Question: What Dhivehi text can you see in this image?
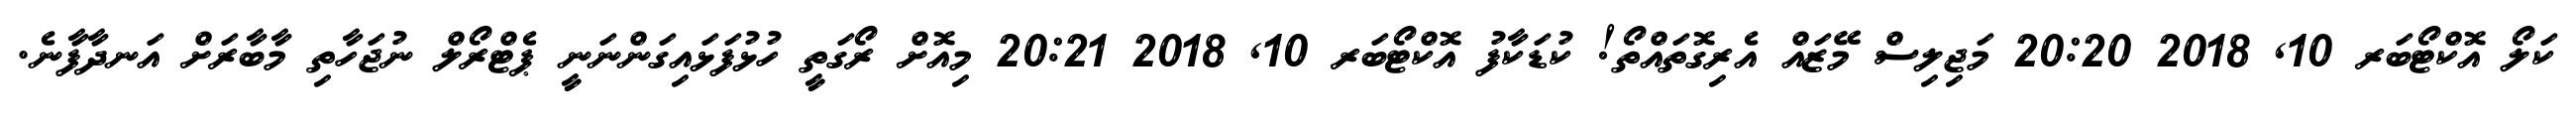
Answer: ކަލޯ އޮކްޓޯބަރ 10, 2018 20:20 މަޖިލިސް މޭޒައް އެރިގޮތައްތޯ! ކުޑަކާފު އޮކްޓޯބަރ 10, 2018 20:21 މިއޮށް ރޯގަތީ ހުޅުފަޅައިގަންނަނީ ޕެޓްރޯލް ނުޖަހާތި މާބާރަށް އަނދާފާނެ.